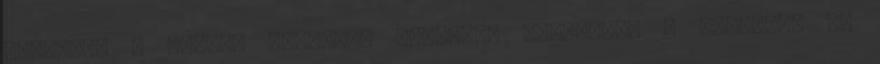
Kiscicák a városi balatoni üdülőben készülnek a szezonra Új